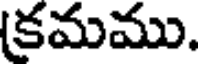
కమము.